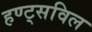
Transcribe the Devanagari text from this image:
हण्ट्सविल